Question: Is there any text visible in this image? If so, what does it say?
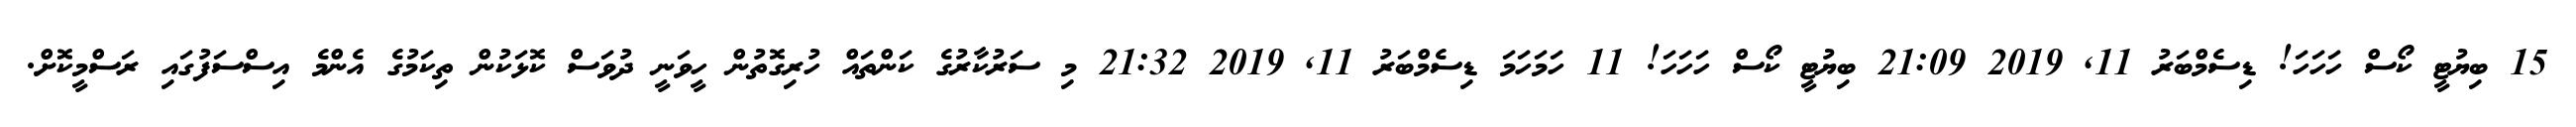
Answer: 15 ބިޔުޓީ ކޯސް ހަހަހަ! ޑިސެމްބަރު 11, 2019 21:09 ބިޔުޓީ ކޯސް ހަހަހަ! 11 ހަމަހަމަ ޑިސެމްބަރު 11, 2019 21:32 މި ސަރުކާރުގެ ކަންތައް ހުރިގޮތުން ހީވަނީ ދުވަސް ކޮޅަކުން ތިކަމުގެ އެންމެ އިސްސަފުގައި ރަސްމީކޮށް.